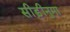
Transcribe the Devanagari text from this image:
सीड़ीनुमा